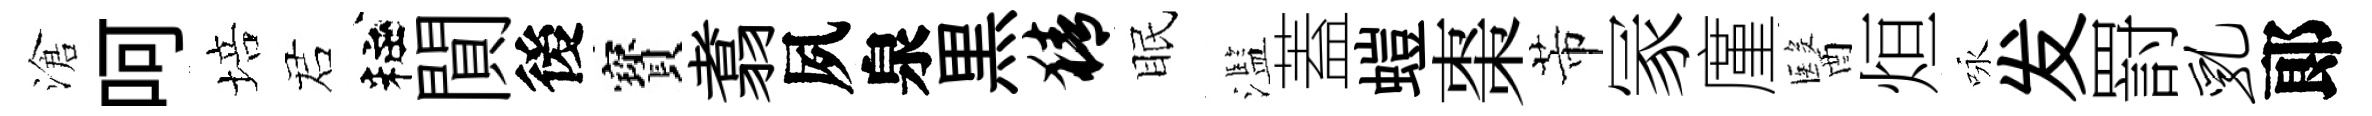
滄呵培诺粧閴後寳翥夙泉黒猜眠濫蓋螘棗芾冡廑醫烜咏发罸乳郞